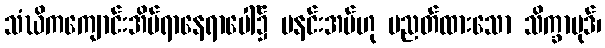
သံဃိကကျောင်းအိပ်ရာနေရာပေါ်၌ မနင်းအပ်ဟု ပညတ်ထားသော သိက္ခာပုဒ်၊